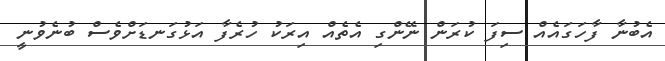
އެބުނާ ފާހަގައެއް ސިފަ ކުރަން ނޭންގި އެތެއް އިރަކު ހުރެފާ އަޅުގަނޑަށްވެސް ބުނެވުނީ